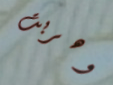
وهربت